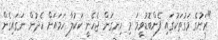
"ރަށުގެ މަގުތަކުގައި ފެންބޮޑުވީމަ މި ހިނގަން ޖެހެނީ ކަކުލާ ހަމައަށް ހެދުން ނަގައިގެން